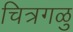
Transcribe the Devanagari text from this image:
चित्रगळु